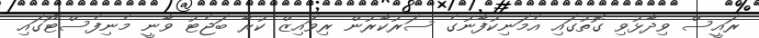
ރައީސް ވިދާޅުވި ގޮތުގައި އެމަނިކުފާނުގެ ސަރުކާރުން ރިވައިޒް ކުރާ ބަޖެޓު ވާނީ މެނިފެސްޓޯގައި